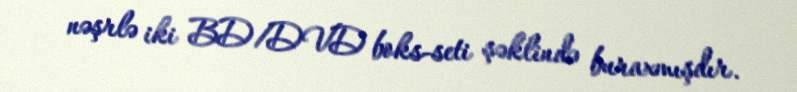
nəşrlə iki BD/DVD boks-seti şəklində buraxmışdır.